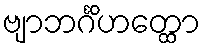
ဗျာဘင်္ဂိဟတ္ထော